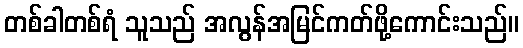
တစ်ခါတစ်ရံ သူသည် အလွန်အမြင်ကတ်ဖို့ကောင်းသည်။